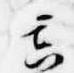
広